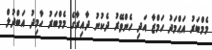
މެމްބަރު އަޙްމަދު ހަމްޒާ އަދި ހެންވޭރު ދެކުނު ދާއިރާގެ މެމްބަރު ހާމިދު އަބްދުލް